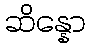
ဆိန္နော